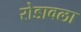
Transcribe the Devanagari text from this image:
रोडावला